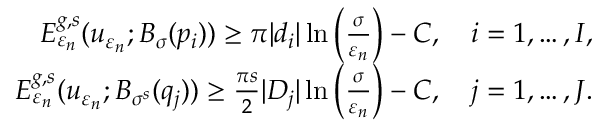
\begin{array} { r } { E _ { \varepsilon _ { n } } ^ { g , s } ( u _ { \varepsilon _ { n } } ; B _ { \sigma } ( p _ { i } ) ) \geq \pi | d _ { i } | \ln \left( \frac { \sigma } { \varepsilon _ { n } } \right) - C , \quad i = 1 , \ldots , I , } \\ { E _ { \varepsilon _ { n } } ^ { g , s } ( u _ { \varepsilon _ { n } } ; B _ { \sigma ^ { s } } ( q _ { j } ) ) \geq \frac { \pi s } { 2 } | D _ { j } | \ln \left( \frac { \sigma } { \varepsilon _ { n } } \right) - C , \quad j = 1 , \ldots , J . } \end{array}